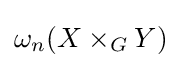
\omega _{n}(X\times _{G}Y)